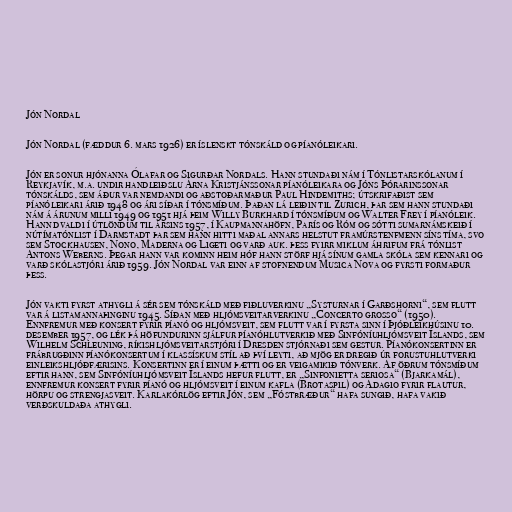
Jón Nordal

Jón Nordal (fæddur 6. mars 1926) er íslenskt tónskáld og píanóleikari.

Jón er sonur hjónanna Ólafar og Sigurðar Nordals. Hann stundaði nám í Tónlistarskólanum í
Reykjavík, m.a. undir handleiðslu Árna Kristjánssonar píanóleikara og Jóns Þórarinssonar
tónskálds, sem áður var nemdandi og aðstoðarmaður Paul Hindemiths; útskrifaðist sem
píanóleikari árið 1948 og ári síðar í tónsmíðum. Þaðan lá leiðin til Zurich, þar sem hann stundaði
nám á árunum milli 1949 og 1951 hjá þeim Willy Burkhard í tónsmíðum og Walter Frey í píanóleik.
Hann dvaldi í útlöndum til ársins 1957, í Kaupmannahöfn, París og Róm og sótti sumarnámskeið í
nútímatónlist í Darmstadt þar sem hann hitti maðal annars helstut framúrstenfmenn síns tíma, svo
sem Stockhausen, Nono, Maderna og Ligeti og varð auk. þess fyirr miklum áhrifum frá tónlist
Antons Weberns. Þegar hann var kominn heim hóf hann störf hjá sínum gamla skóla sem kennari og
varð skólastjóri árið 1959. Jón Nordal var einn af stofnendum Musica Nova og fyrsti formaður
þess.

Jón vakti fyrst athygli á sér sem tónskáld með fiðluverkinu „Systurnar í Garðshorni“, sem flutt
var á listamannaþinginu 1945. Síðan með hljómsveitarverkinu „Concerto grosso“ (1950).
Ennfremur með konsert fyrir píanó og hljómsveit, sem flutt var í fyrsta sinn í Þjóðleikhúsinu 10.
desember 1957, og lék þá höfundurinn sjálfur píanóhlutverkið með Sinfóníuhljómsveit Íslands, sem
Wilhelm Schleuning, ríkishljómsveitarstjóri í Dresden stjórnaði sem gestur. Píanókonsertinn er
frábrugðinn píanókonsertum í klassískum stíl að því leyti, að mjög er dregið úr forustuhlutverki
einleikshljóðfærisins. Konsertinn er í einum þætti og er veigamikið tónverk. Af öðrum tónsmíðum
eftir hann, sem Sinfóníuhljómsveit Íslands hefur flutt, er „Sinfonietta seriosa“ (Bjarkamál),
ennfremur konsert fyrir píanó og hljómsveit í einum kafla (Brotaspil) og Adagio fyrir flautur,
hörpu og strengjasveit. Karlakórlög eftir Jón, sem „Fóstbræður“ hafa sungið, hafa vakið
verðskuldaða athygli.